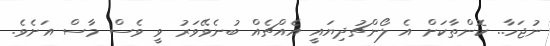
ނުޖަހާ.. ކޮންތާކަށް އެ ލޯންޗުދިޔައީ އެއްޗެއް ބުނެވޭވަރު ވީ ވެސް މާސް އަށެވެ.